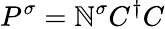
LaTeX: P^{\sigma}=\mathbb{N}^{\sigma}C^{\dagger}C